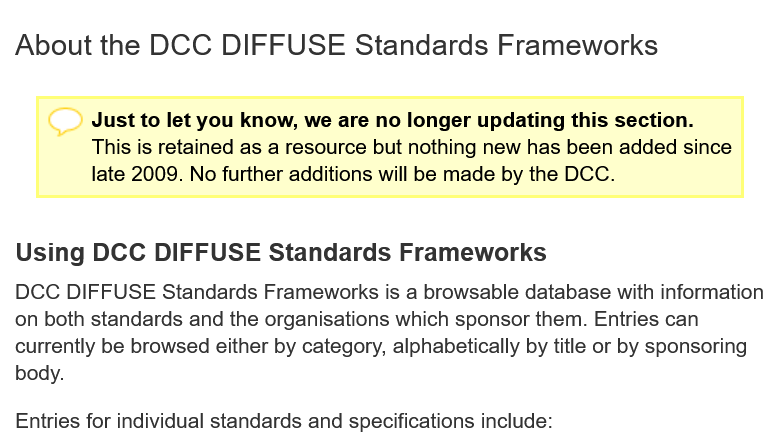
About   the  DCC    DIFFUSE    Standards    Frameworks
  Using   DCC  DIFFUSE    Standards    Frameworks
  DCC  DIFFUSE  Standards Frameworks is a browsable database with information
  on both standards and the organisations which sponsor them. Entries can
  currently be browsed either by category, alphabetically by title or by sponsoring
  body.
  Entries for individual standards and specifications include:
     Just to let you know, we are no longer updating this section.
     This is retained as a resource but nothing new has been added since
     late 2009. No further additions will be made by the DCC.